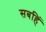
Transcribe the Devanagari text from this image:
सबहिं